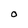
Character: O